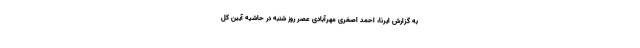
به گزارش ایرنا، احمد اصغری مهرآبادی عصر روز شنبه در حاشیه آیین کل